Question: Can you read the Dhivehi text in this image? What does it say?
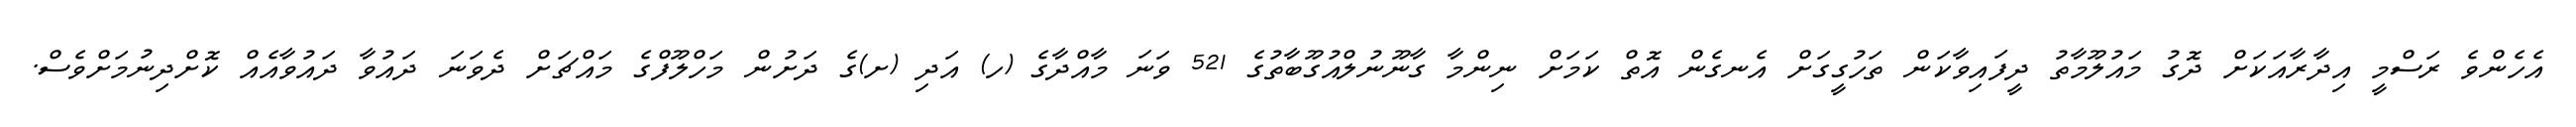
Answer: އެހެންވެ ރަސްމީ އިދާރާއަކަށް ދޮގު މައުލޫމާތު ދީފައިވާކަން ތަހުގީގަށް އެނގެން އޮތް ކަމަށް ނިންމާ ގާނޫނުލްއުގޫބާތުގެ 521 ވަނަ މާއްދާގެ (ހ) އަދި (ށ)ގެ ދަށުން މަހްލޫފްގެ މައްޗަށް ދެވަނަ ދައުވާ ދައުވާއެއް ކޮށްދިނުމަށްވެސް.